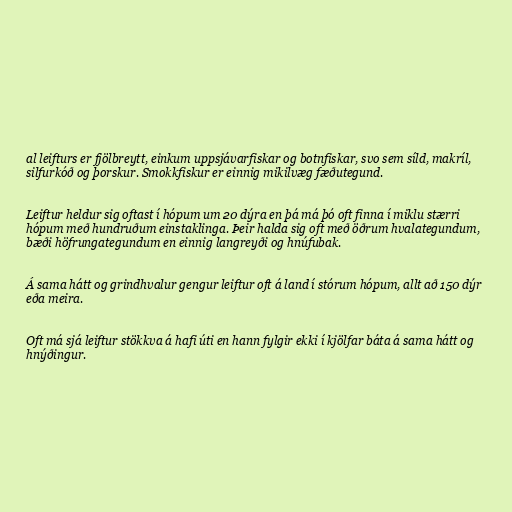
al leifturs er fjölbreytt, einkum uppsjávarfiskar og botnfiskar, svo sem síld, makríl,
silfurkóð og þorskur. Smokkfiskur er einnig mikilvæg fæðutegund.

Leiftur heldur sig oftast í hópum um 20 dýra en þá má þó oft finna í miklu stærri
hópum með hundruðum einstaklinga. Þeir halda sig oft með öðrum hvalategundum,
bæði höfrungategundum en einnig langreyði og hnúfubak.

Á sama hátt og grindhvalur gengur leiftur oft á land í stórum hópum, allt að 150 dýr
eða meira.

Oft má sjá leiftur stökkva á hafi úti en hann fylgir ekki í kjölfar báta á sama hátt og
hnýðingur.